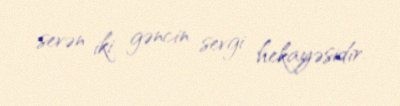
sevən iki gəncin sevgi hekayəsidir.